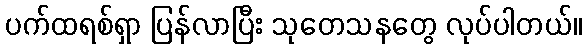
ပက်ထရစ်ရှာ ပြန်လာပြီး သုတေသနတွေ လုပ်ပါတယ်။